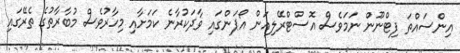
އިންސައްތަ ފިޓްނޫން ނަމަވެސް އޮސްޓްރޭލިއަން އޯޕަންގައި ވާދަކުރާނެ ކަމަށާއި މިހާރުވެސް މުބާރާތުގެ ތެރޭގައި